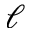
\ell